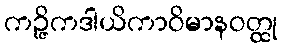
ကဉ္ဇိကဒါယိကာဝိမာနဝတ္ထု